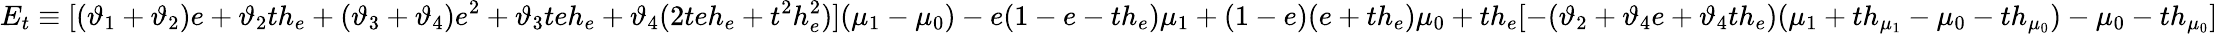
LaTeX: E_{t}\equiv[(\vartheta_{1}+\vartheta_{2})e+\vartheta_{2}th_{e}+(\vartheta_{3}+\vartheta_{4})e^{2}+\vartheta_{3}teh_{e}+\vartheta_{4}(2teh_{e}+t^{2}h_{e}^{2})](\mu_{1}-\mu_{0})-{e(1-e-th_{e})\mu_{1}}+(1-e)(e+th_{e})\mu_{0}+th_{e}[-(\vartheta_{2}+\vartheta_{4}e+\vartheta_{4}th_{e})(\mu_{1}+th_{\mu_{1}}-\mu_{0}-th_{\mu_{0}})-\mu_{0}-th_{\mu_{0}}]